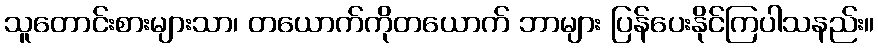
သူတောင်းစားများသာ၊ တယောက်ကိုတယောက် ဘာများ ပြန်ပေးနိုင်ကြပါသနည်း။